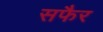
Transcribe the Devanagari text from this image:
सफैर